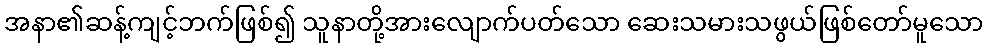
အနာ၏ဆန့်ကျင့်ဘက်ဖြစ်၍ သူနာတို့အားလျောက်ပတ်သော ဆေးသမားသဖွယ်ဖြစ်တော်မူသော